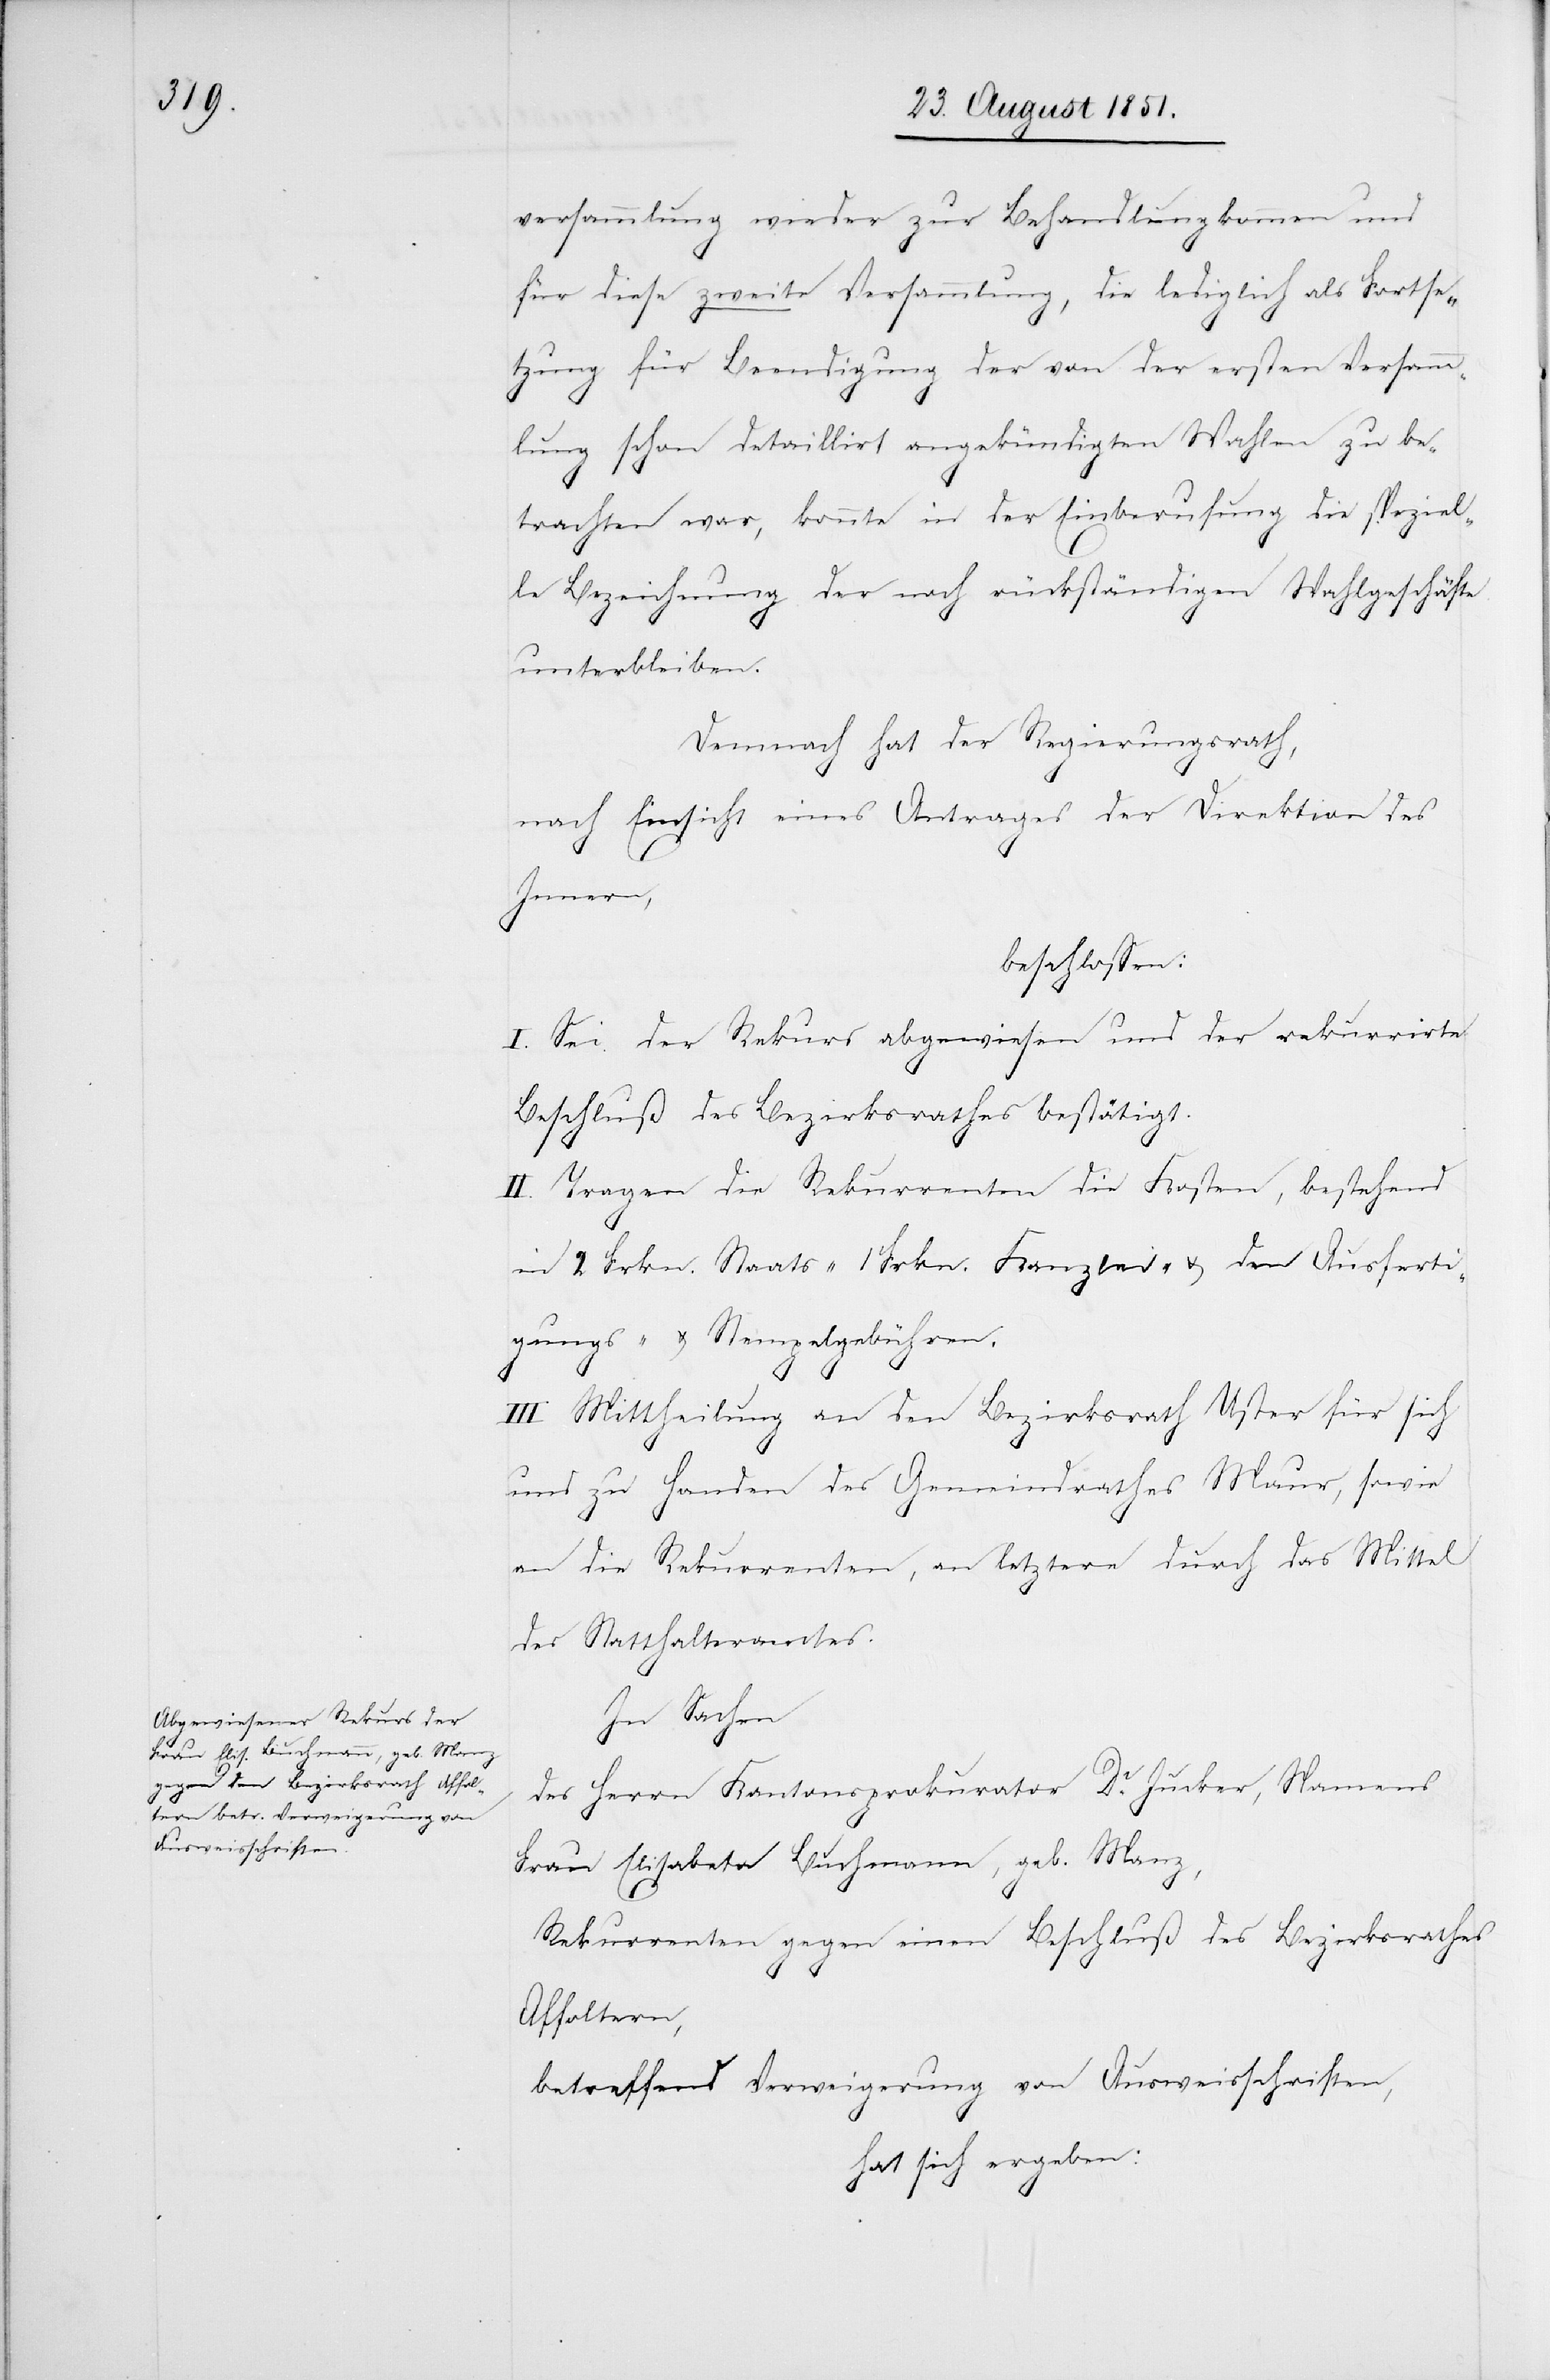
versammlung wieder zur Behandlung kommen und
für diese zweite Versammlung, die lediglich als Fortse¬
tzung für Beendigung der von der ersten Versamm¬
lung schon detaillirt angekündigten Wahlen zu be¬
trachten war, konnte in der Einberufung die speziel¬
le Bezeichnung der noch rückständigen Wahlgeschäfte
unterbleiben.
Demnach hat der Regierungsrath,
nach Einsicht eines Antrages der Direktion des
Innern,
beschlossen:
I. Sei der Rekurs abgewiesen und der rekurrirte
Beschluß des Bezirksrathes bestätigt.
II. Tragen die Rekurrenten die Kosten, bestehend
in 2 Frkn. Staats-[,] 1 Frkn. Kanzlei- & den Ausferti¬
gungs- & Stempelgebühren.
III. Mittheilung an den Bezirksrath Uster für sich
und zu Handen des Gemeindrathes Maur, sowie
an die Rekurrenten, an letztere durch das Mittel
des Statthalteramtes.
In Sachen
des Herrn Kantonsprokurator Dr. Jucker, Namens
Frau Elisabeta Buchmann, geb. Manz,
Rekurrenten gegen einen Beschluß des Bezirksrathes
Affoltern,
betreffend Verweigerung von Ausweisschriften,
hat sich ergeben: